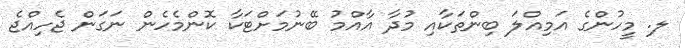
ލ. މީހުންގެ އަމިއްލަ ބިންތަކާއި މުދާ އާއްމު ބޭނުމަށްޓަކާ ކޮންމެހެން ނަގަން ޖެހިއްޖެ